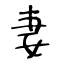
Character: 妻